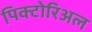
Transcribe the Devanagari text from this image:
पिक्टोरिअल